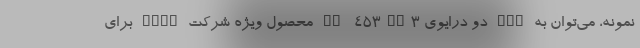
نمونه، می‌توان به NAS دو درایوی TS-453BT3 محصول ویژه شرکت QNAP برای